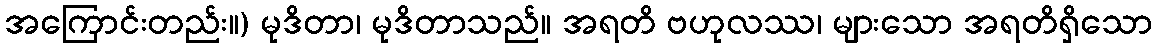
အကြောင်းတည်း။) မုဒိတာ၊ မုဒိတာသည်။ အရတိ ဗဟုလဿ၊ များသော အရတိရှိသော